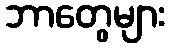
ဘာတွေများ